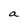
Character: a